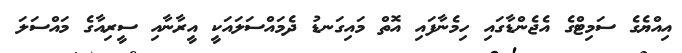
އިއްޔެގެ ސަމިޓްގެ އެޖެންޑާގައި ހިމެނާފައި އޮތް މައިގަނޑު ދެމައްސަލައަކީ އީރާނާއި ސީރިއާގެ މައްސަލަ